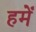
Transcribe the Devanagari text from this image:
हमेँ